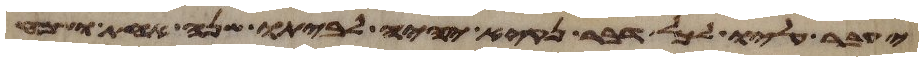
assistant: יעבר עליו לכל דבר נקיא יהיה לביתו שנה אחת ושמח